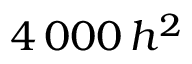
4 \, 0 0 0 \, h ^ { 2 }